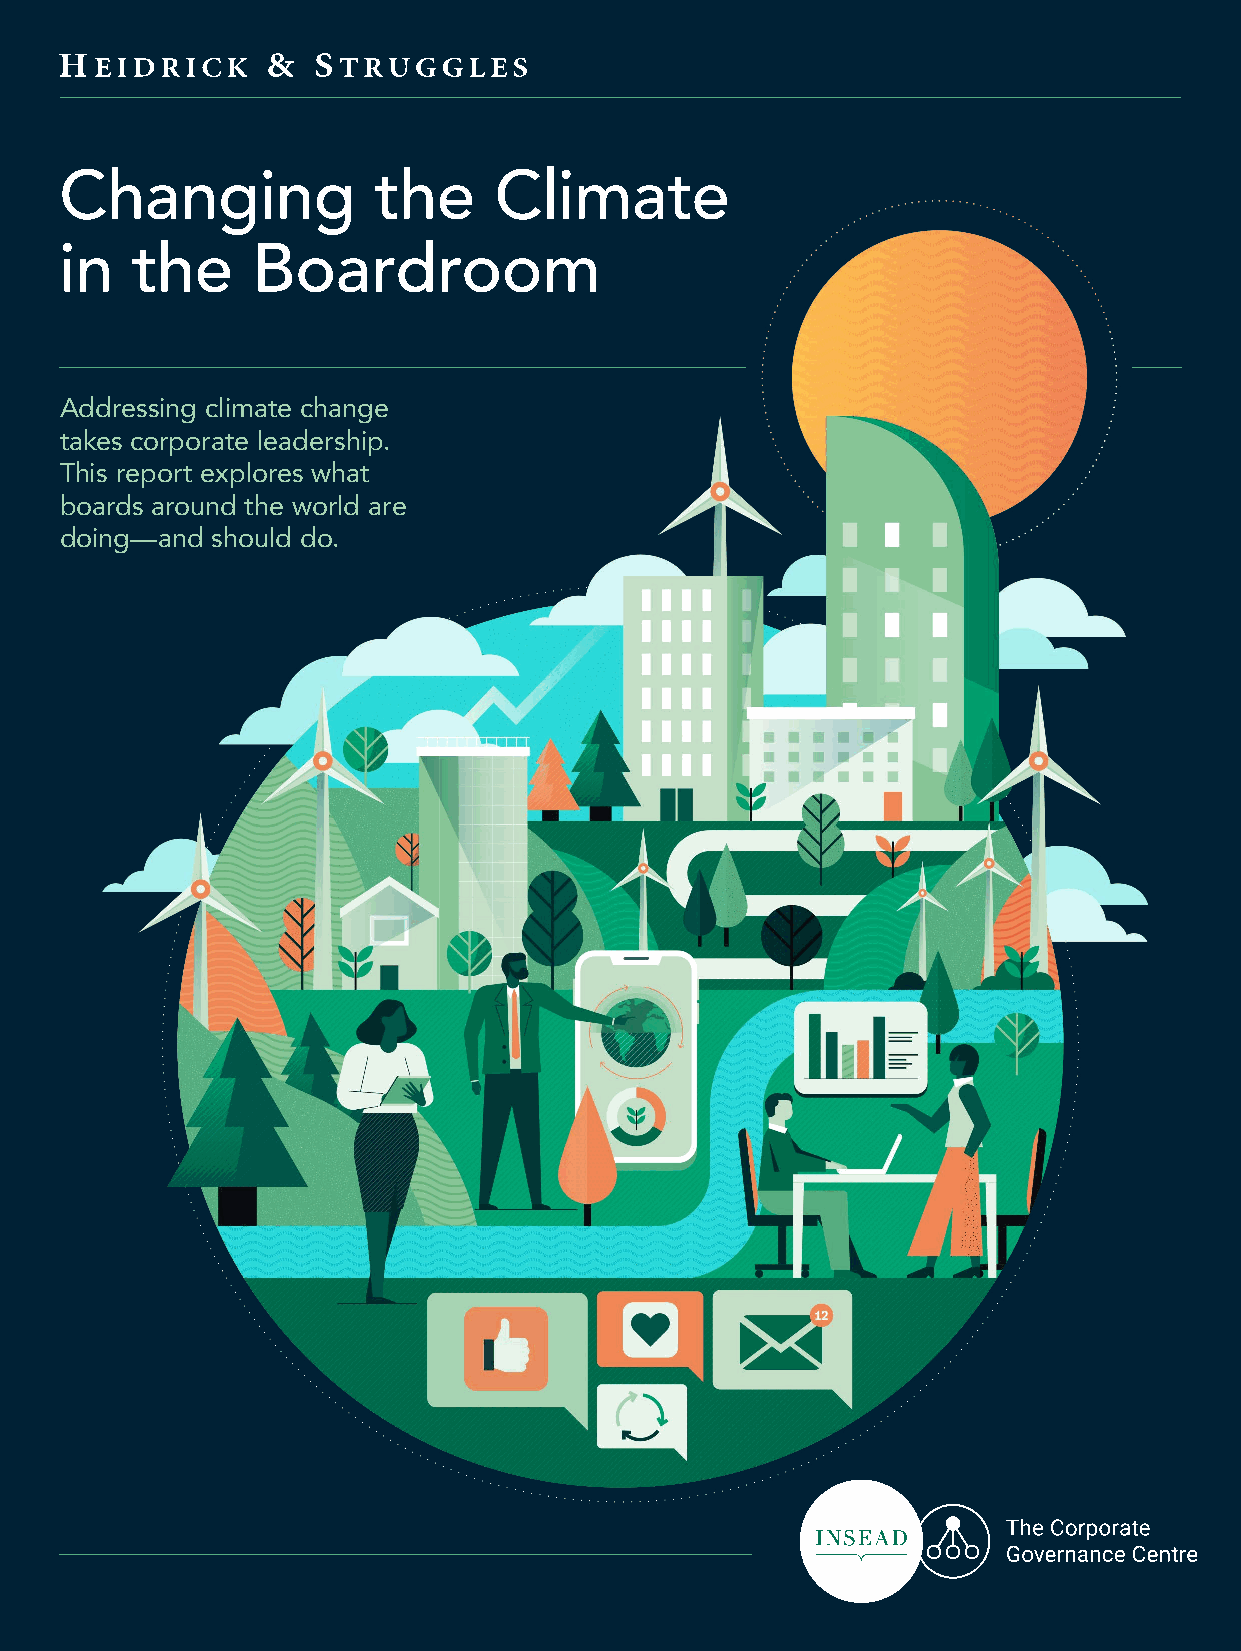
Changing             the     Climate
 in   the     Boardroom
 Addressing climate change
 takes corporate leadership.
 This report explores what
 boards around the world are
 doing—and should do.